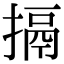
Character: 搹